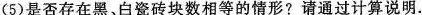
(5)是否存在黑、白瓷砖块数相等的情形?请通过计算说明。